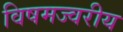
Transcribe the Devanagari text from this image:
विषमज्वरीय